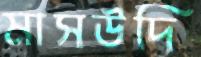
মাসউদি